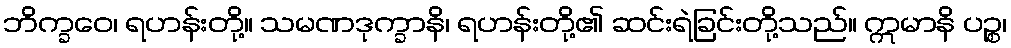
ဘိက္ခဝေ၊ ရဟန်းတို့။ သမဏဒုက္ခာနိ၊ ရဟန်းတို့၏ ဆင်းရဲခြင်းတို့သည်။ ဣမာနိ ပဉ္စ၊